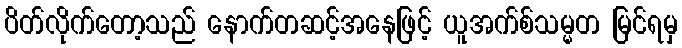
ပိတ်လိုက်တော့သည် နောက်တဆင့်အနေဖြင့် ယူအက်စ်သမ္မတ မြင်ရမှ